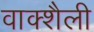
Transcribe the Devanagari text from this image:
वाक्शैली